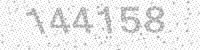
Solution: 144158